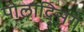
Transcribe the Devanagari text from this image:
पोलाद्सिंग